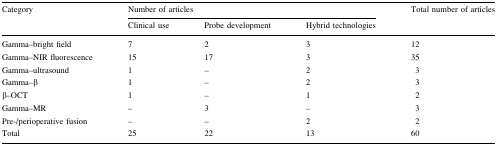
| <ROWSPAN=2> Category | <COLSPAN=3> Number of articles | <ROWSPAN=2> Total number of articles |
 | Clinical use | Probe development | Hybrid technologies |
 | --- | --- | --- | --- | --- |
 | Gamma–bright field | 7 | 2 | 3 | 12 |
 | Gamma–NIR fluorescence | 15 | 17 | 3 | 35 |
 | Gamma–ultrasound | 1 | – | 2 | 3 |
 | Gamma–β | 1 | – | 2 | 3 |
 | β–OCT | 1 | – | 1 | 2 |
 | Gamma–MR | – | 3 | – | 3 |
 | Pre-/perioperative fusion | – | – | 2 | 2 |
 | Total | 25 | 22 | 13 | 60 |